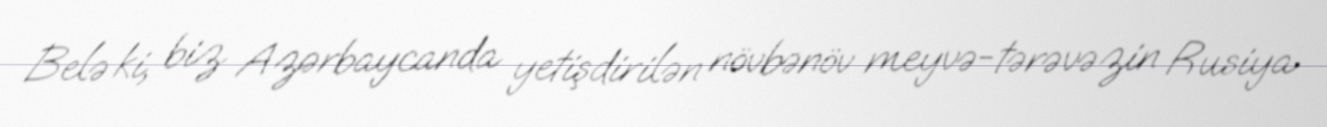
Belə ki, biz Azərbaycanda yetişdirilən növbənöv meyvə-tərəvəzin Rusiya